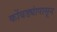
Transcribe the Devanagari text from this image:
कोंबड्यांपासून